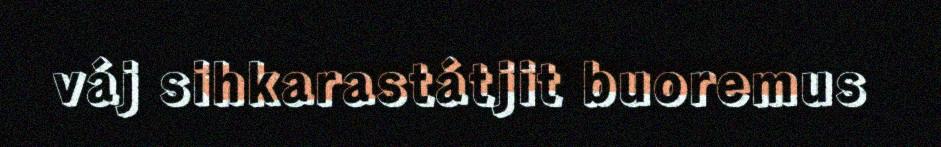
váj sihkarastátjit buoremus